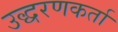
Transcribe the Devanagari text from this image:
उद्धरणकर्ता